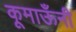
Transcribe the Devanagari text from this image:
कूमाऊँनी